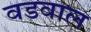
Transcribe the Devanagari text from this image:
वडवाल